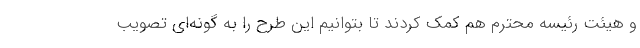
و هیئت رئیسه محترم هم کمک کردند تا بتوانیم این طرح را به گونه‌ای تصویب